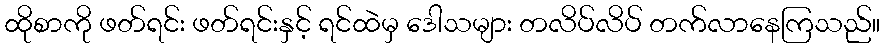
ထိုစာကို ဖတ်ရင်း ဖတ်ရင်းနှင့် ရင်ထဲမှ ဒေါသများ တလိပ်လိပ် တက်လာနေကြသည်။